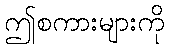
ဤစကားများကို